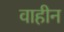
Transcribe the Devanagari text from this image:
वाहीन